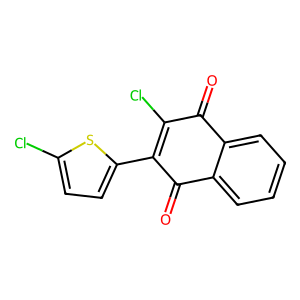
SMILES: O=C1C(Cl)=C(c2ccc(Cl)s2)C(=O)c2ccccc21
Inhibits HIV replication: No